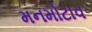
મનમોટાવ